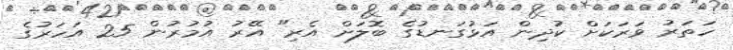
ހަތަރު ވަރަކަށް ކުދިން އަޅުގަނޑުގެ ބޮލަށް އެރި" އޭރު އުމުރުން 25 އަހަރުގެ